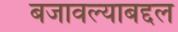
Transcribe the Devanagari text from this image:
बजावल्याबद्दल